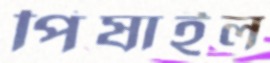
পিষাইল